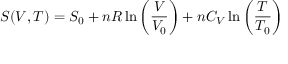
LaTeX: S ( V , T ) = S _ { 0 } + n R \ln \left( { \frac { V } { V _ { 0 } } } \right) + n C _ { V } \ln \left( { \frac { T } { T _ { 0 } } } \right)